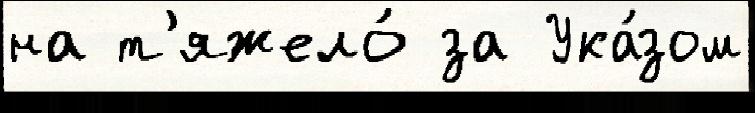
на т'яжело́ за Ука́зом